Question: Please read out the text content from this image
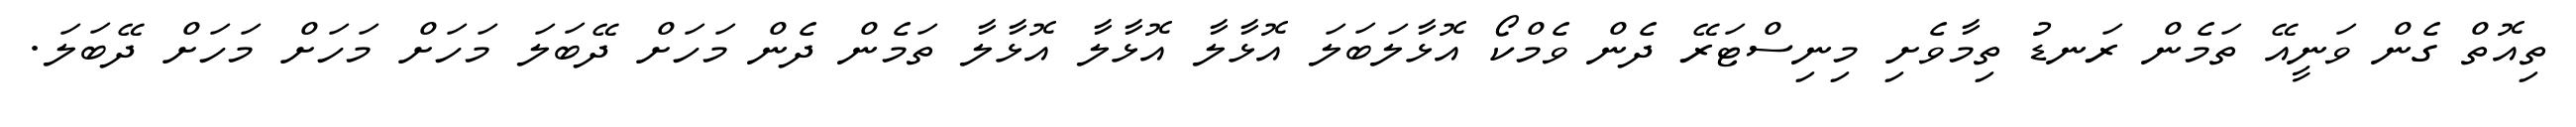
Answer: ތިއޮތް ގެން ވަނީއޭ ތަމެން ރަނޑު ތިމާވެށި މިނިސްޓަރޭ ދެން ވެމްކޯ އޮޅާލަބަލަ އޮޅާލާ އޮޅާލާ އޮޅާލާ ތަމެން ދެން މަހަށް ދޭބަލަ މަހަށް މަހަށް މަހަށް ދޭބަލަ.